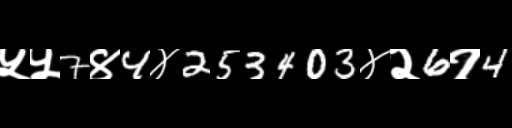
Text: ५५7४4४253403४२6१4